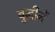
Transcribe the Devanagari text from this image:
बुद्धीनें